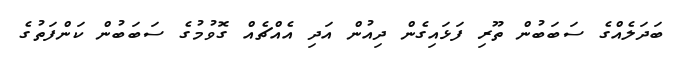
ބަދަލެއްގެ ސަބަބުން ތޫރި ފަޅައިގެން ދިއުން އަދި އެއްޗެއް ގޮވުމުގެ ސަބަބުން ކަންފަތުގެ